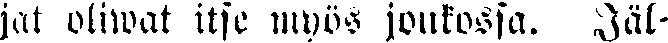
jat oliwat itse myös joukossa. Jäl-